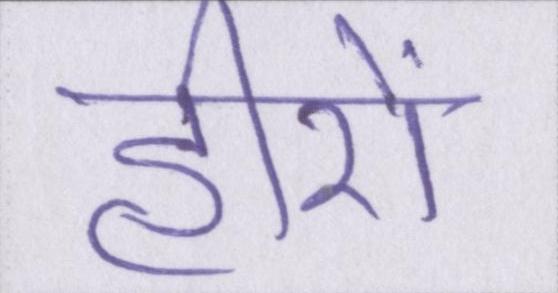
हीरों